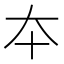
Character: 夲